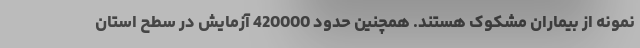
نمونه از بیماران مشکوک هستند. همچنین حدود 420000 آزمایش در سطح استان